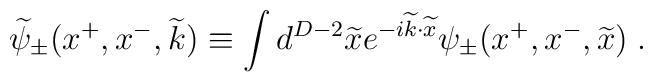
\widetilde{\psi}_{\pm}(x^+,x^-,\widetilde{k}) \equiv \int d^{D-2}\widetilde{x}e^{-i \widetilde{k} \cdot \widetilde{x}} \psi_{\pm}(x^+,x^-,\widetilde{x}) \; .